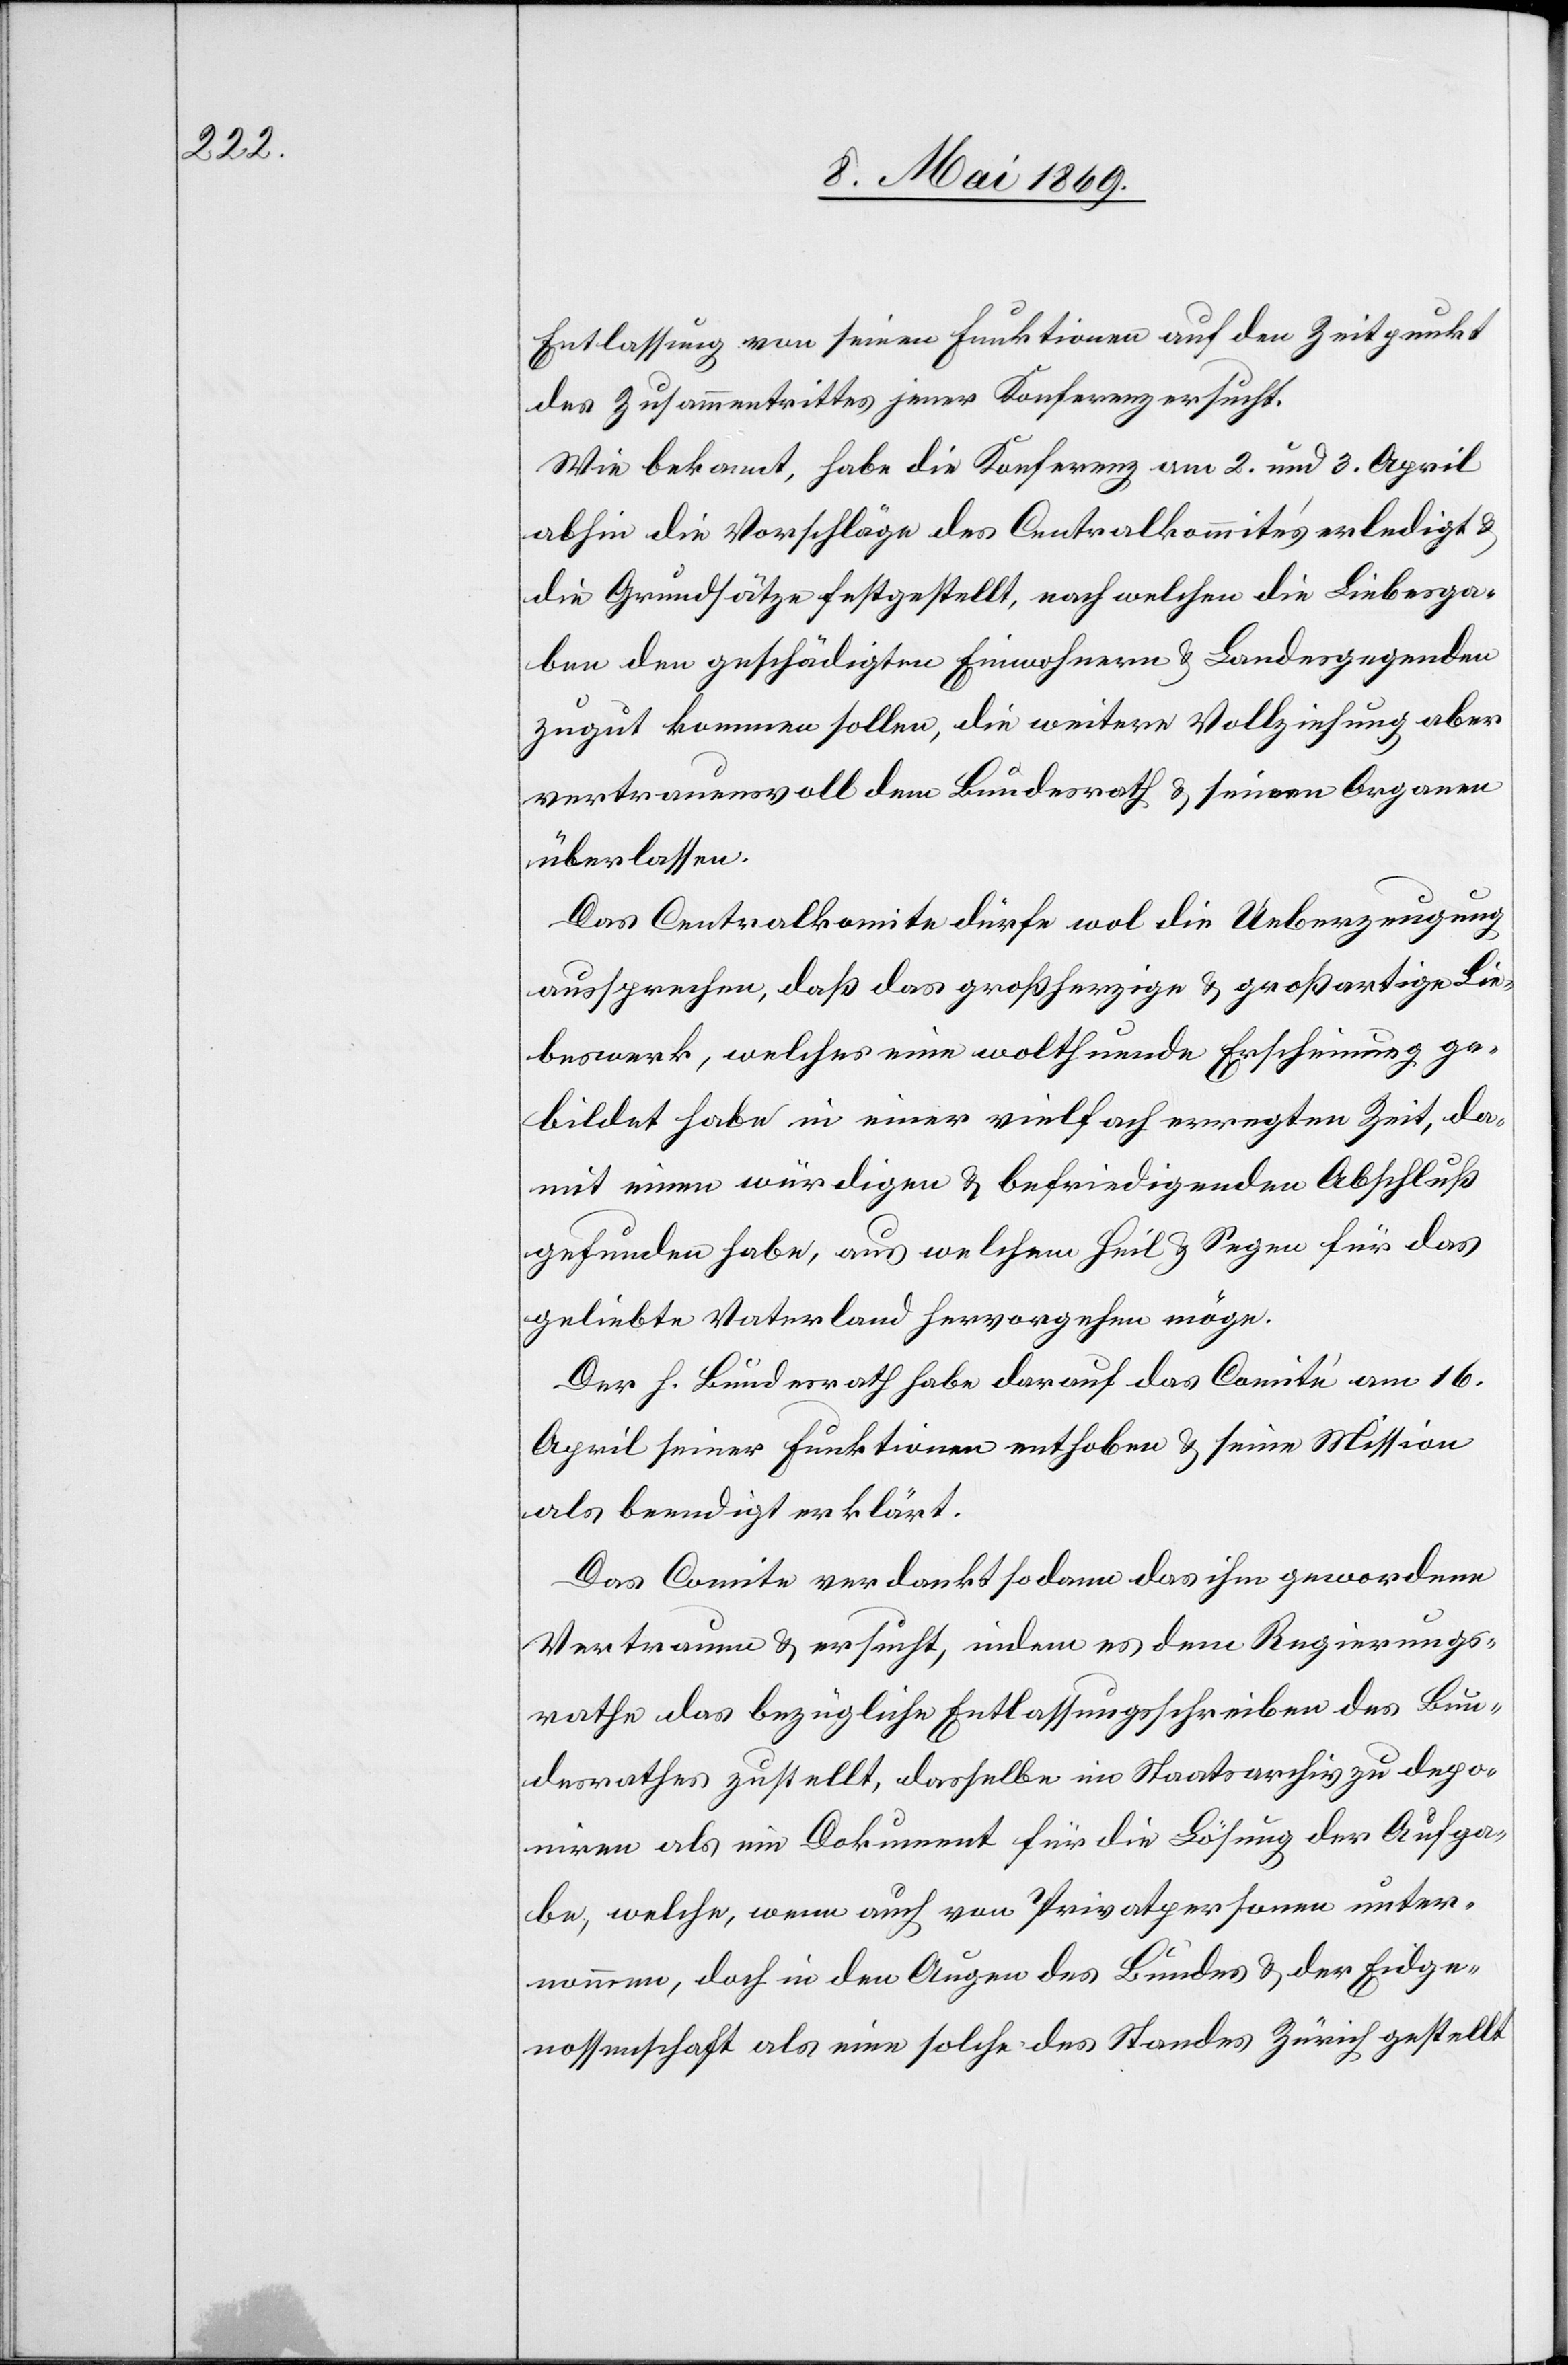
Entlassung von seinen Funktionen auf den Zeitpunkt
des Zusammentritts jener Konferenz ersucht.
Wie bekannt, habe die Konferenz am 2. und 3. April
abhin die Vorschläge des Centralkommités erledigt u.
die Grundsätze festgestellt, nach welchen die Liebesga¬
ben den geschädigten Einwohnern u. Landesgegenden
zugut kommen sollen, die weitere Vollziehung aber
vertrauensvoll dem Bundesrath u. seinen Organen
überlassen.
Das Centralkomite dürfe wol die Ueberzeugung
aussprechen, daß das großherzige u. großartige Lie¬
beswerk, welches eine wolthuende Erscheinung ge¬
bildet habe in einer vielfach erregten Zeit, da¬
mit einem würdigen u. befriedigenden Abschluß
gefunden habe, aus welchem Heil u. Segen für das
gebildete Vaterland hervorgehen möge.
Der h. Bundesrath habe darauf das Comité am 16.
April seiner Funktionen enthoben u. seine Mission
als beendigt erklärt.
Das Comite verdankt sodann das ihm gewordene
Vertrauen u. ersucht, indem es dem Regierungs¬
rathe das bezügliche Entlassungsschreiben des Bun¬
desrathes zustellt, dasselbe im Staatsarchiv zu depo¬
niren als ein Dokument für die Lösung der Aufga¬
be, welche, wenn auch von Privatpersonen unter¬
nommen, doch in den Augen des Bundes u. der Eidge¬
nossenschaft als eine solche des Standes Zürich gestellt